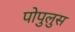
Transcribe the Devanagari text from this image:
पोपुलुस